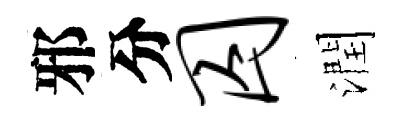
邪分囚潤